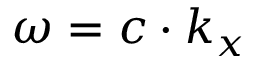
\omega = c \cdot k _ { x }